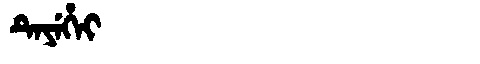
Manchu: ᡨᡝᠶᡝᡥᡝᡳ
Romanization: TEYEHEI